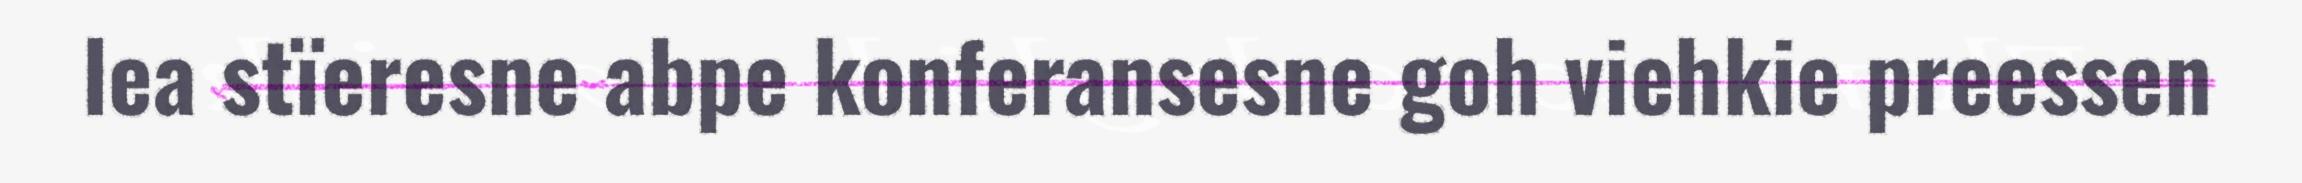
lea stïeresne abpe konferansesne goh viehkie preessen